Vaccination North-Western Provinces and Oudh 1878-1895 - 1878-1895
Year: 1878
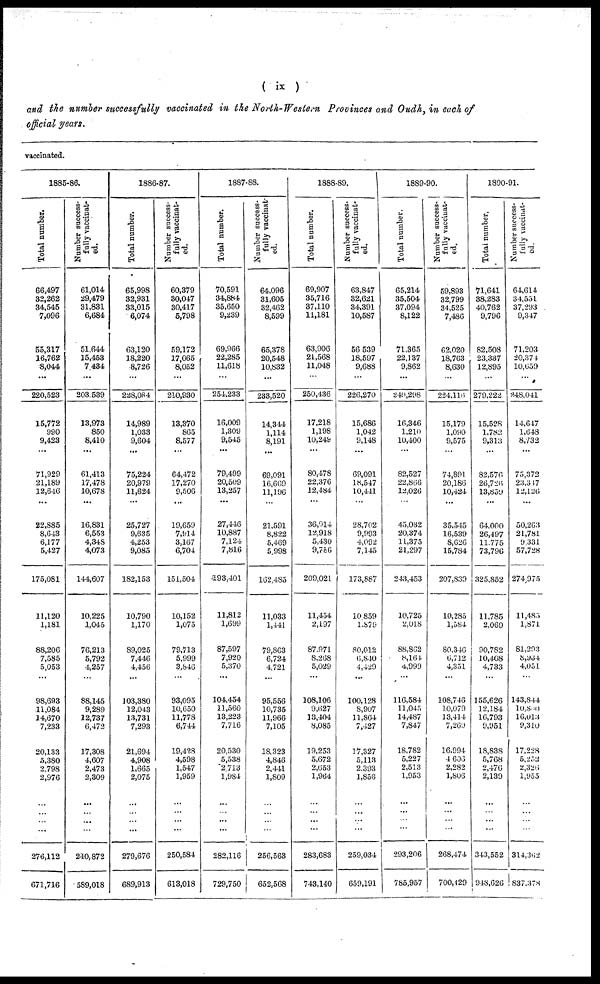
( ix )
and the number successfully vaccinated in the North-Western Provinces and Oudh, in each of
official years.
vaccinated.
1885-86.
Total number.
66,497
32,262
34,545
7,096
55,317
16,762
8,044
...
220,523
15,772
990
9,423
...
71,929
21,189
12,646
...
22,885
8,643
6,177
5,427
175,081
11,120
1,181
88,206
7,585
5,053
...
98,693
11,084
14,670
7,233
20,133
5,380
2,798
2,976
...
...
...
...
276,112
671,716
Number success-
fully vacciuat-
ed.
61,014
29,479
31,831
6,684
51,644
15,453
7,434
...
203,539
13,973
850
8,410
...
61,413
17,478
10,678
...
16,831
6,553
4,348
4,073
144,607
10,225
1,045
76,213
5,792
4,257
...
88,145
9,289
12,737
6,472
17,308
4,607
2,473
2,309
...
... ...
...
240,872
589,018
1886-87.
Total number.
65,998
32,931
33,015
6,074
63,120
18,220
8,726
...
228,084
14,989
1,033
9,604
...
75,224
20,979
11,624
...
25,727
9,635
4,253
9,085
182,153
10,790
1,170
89,025
7,446
4,456
...
103,380
12,043
13,731
7,293
21,694
4,908
1,665
2,075
...
...
...
...
279,676
689,913
Number success-
fully vaccinat-
ed.
60,379
30,047
30,417
5,798
59,172
17,065
8,052
...
210,930
13,370
865
8,577
...
64,472
17,270
9,506
...
19,659
7,914
3,167
6,704
151,504
10,152
1,075
79,713
5,999
3,846
...
93,095
10,650
11,778
6,744
19,428
4,598
1,547
1,959
...
...
...
...
250,584
613,018
1887-88.
Total number.
70,591
34,884
35,650
9,239
69,966
22,285
11,618
...
254,233
16,009
1,309
9,545
...
79,499
20,509
13,257
...
27,446
10,887
7,124
7,816
493,401
11,812
1,699
87,597
7,920
5,370
...
104,454
11,560
13,223
7,716
20,530
5,538
2,713
1,984
...
... ...
...
282,116
729,750
Number success-
fully vaccinat-
ed.
64,096
31,605
32,462
8,599
65,378
20,548
10,832
...
233,520
14,344
1,114
8,191
...
69,091
16,669
11,196
...
21.591
8,822
5,469
5,998
162,485
11,033
1,441
79,863
6,724
4,721
...
95,556
10,735
11,966
7,105
18,323
4,846
2,441
1,809
...
...
...
...
256,563
652,568
1888-89.
Total number.
69,907
35,716
37,110
11,181
63,906
21,568
11,046
...
250,436
17,218
1,198
10,249
...
80,478
22,376
12,184
...
36,914
12,918
5,430
9,756
209,021
11,454
2,197
87,971
8,268
5,029
...
108,106
9,627
13,404
8,085
19,253
5,672
2,653
1,964
...
...
...
...
283,683
743,140
Number success-
fully vaccinat-
ed.
63,847
32,621
34,391
10,587
56 539
18,597
9,688
...
226,270
15,686
1,042
9,148
...
69,091
18,547
10,441
...
28,702
9,993
4,092
7,145
173,887
10,859
1,876
80,012
6,840
4,429
...
100,128
8,907
11,864
7,427
17,327
5,113
2,393
1,856
...
...
...
...
259,034
659,191
1889-90.
Total number.
65,214
35,504
37,094
8,122
71,365
22,137
9,862
...
249,298
16,346
1,210
10,400
...
82,527
22,866
12,026
...
45,032
20,374
11,375
21,297
243,453
10,725
2,018
88,862
8,164
4,999
...
116,584
11,045
14,487
7,847
18,782
5,227
2,513
1,953
...
...
...
...
293,206
785,957
Number success-
fully vaccinat-
ed.
59,893
32,799
34,525
7,486
62,020
18,763
8,630
...
224,116
15,179
1,090
9,575
...
74,891
20,186
10,424
...
35,545
16,539
8,626
15,784
207,839
10,285
1,584
80,346
6,712
4,351
...
108,746
10,079
13,414
7,269
16,994
4,606
2,282
1,806
...
...
...
...
268,474
700,429
1890-91.
Total number.
71,641
38,283
40,762
9,796
82,508
23,337
12,895
...
279,222
15,528
1,782
9,313
...
82,576
26,726
13,859
...
64,000
26,497
11,775
73,796
325,852
11,785
2,069
90,782
10,408
4,733
...
155,626
12,184
16,793
9,951
18,838
5,768
2,476
2,139
...
...
...
...
343,552
948,626
Number success-
fully vaccinat-
ed.
64,614
34,551
37,293
9,347
71,203
20,374
10,659
...
248,041
14,647
1,648
8,732
...
75,372
23,347
12,126
...
50,263
21,781
9 331
57,728
274,975
11,485
1,871
81,293
8,934
4,051
...
143,844
10,800
16,013
9,310
17,228
5,252
2,326
1,955
...
...
...
...
314,362
837,37S